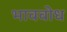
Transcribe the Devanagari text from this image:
भाववोध